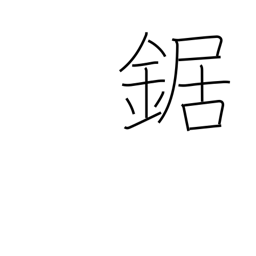
Meaning: saw (cuts wood)